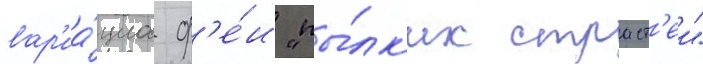
вар'иа́циа ф'е́и "пы́лк'их страст'еи"